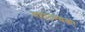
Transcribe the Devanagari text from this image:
महात्म्यका